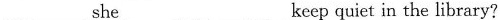
___she___ ___ keep quiet in the library?